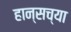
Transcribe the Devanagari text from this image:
हान्सच्या